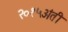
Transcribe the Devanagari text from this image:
२०१५अंती